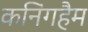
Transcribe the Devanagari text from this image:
कनिंगहैम